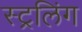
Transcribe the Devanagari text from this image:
स्ट्रलिंग